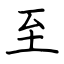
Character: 至